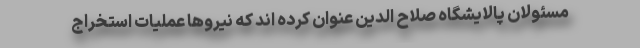
مسئولان پالایشگاه صلاح الدین عنوان کرده اند که نیروها عملیات استخراج